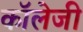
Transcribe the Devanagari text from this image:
कॉलेजी